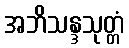
အဘိသန္ဒသုတ္တံ